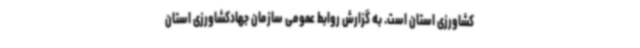
کشاورزی استان است. به گزارش روابط عمومی سازمان جهادکشاورزی استان